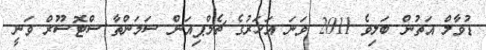
ޑުވާލް އަތުން ބަލިވެ 2011 ވަނަ އަހަރުގެ ޗެމްޕިއަން ސަމަންތާ ސްޓޮސޫރް ވަނީ